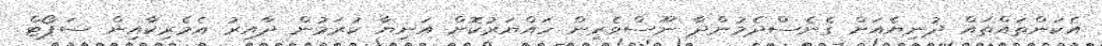
އެކަންތައްތައް ދުނިޔެއަށް ގެނެސްދެމުންދާ ނޫސްވެރިން ހައްޔަރުކޮށް އަނިޔާ ކުރަމުން ދާއިރު އެމެރިކާއިން ސަޕޯޓް